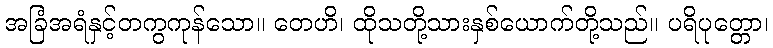
အခြံအရံနှင့်တကွကုန်သော။ တေဟိ၊ ထိုသတို့သားနှစ်ယောက်တို့သည်။ ပရိပုတ္တော၊